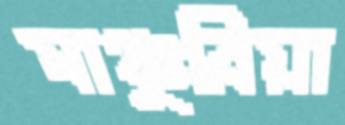
মাঞ্চুরিয়া